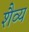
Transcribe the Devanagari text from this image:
शैव्य